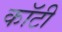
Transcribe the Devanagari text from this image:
कॉटी